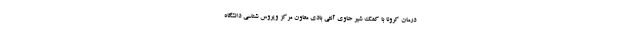
درمان کرونا با کمک شیر حاوی آنتی بادی معاون مرکز ویروس شناسی دانشگاه